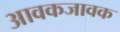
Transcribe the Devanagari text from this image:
आवकजावक